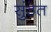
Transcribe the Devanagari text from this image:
सुंठेत